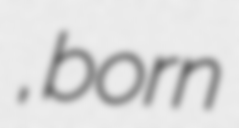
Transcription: อภิสิทธิ์ โสรฎา, born